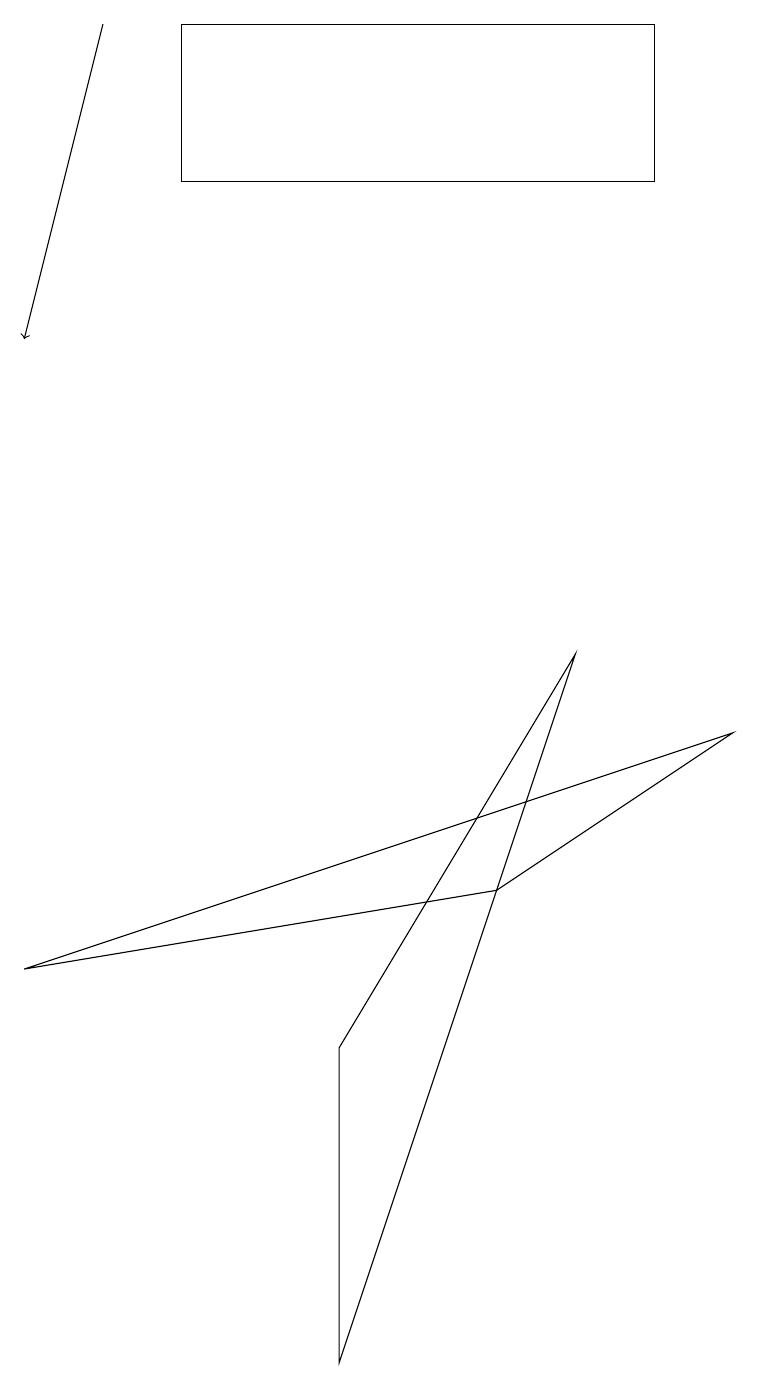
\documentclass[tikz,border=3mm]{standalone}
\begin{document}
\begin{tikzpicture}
\draw (5,15) rectangle (4,15);
\draw (5,17) rectangle (4,17);
\draw (7,9) -- (4,0) -- (4,4) -- cycle;
\draw (8,17) rectangle (2,15);
\draw[->] (1,17) -- (0,13);
\draw (9,8) -- (6,6) -- (0,5) -- cycle;
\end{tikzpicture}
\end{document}